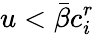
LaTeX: u<{\bar{\beta}}c_{i}^{r}